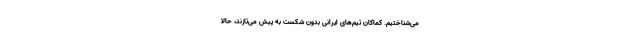
می‌شناختیم. کماکان تیم‌های ایرانی بدون شکست به پیش می‌تازند، حالا